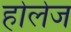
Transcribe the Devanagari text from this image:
होलेज